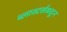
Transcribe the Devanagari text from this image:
ब्लास्टर्सकडून